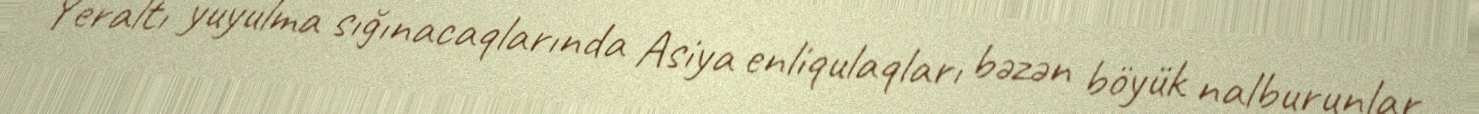
Yeraltı yuyulma sığınacaqlarında Asiya enliqulaqları bəzən böyük nalburunlar